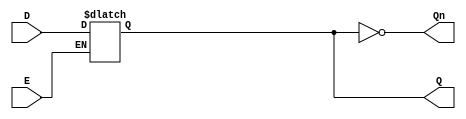
module GatedDLatch (
    input wire D,    // Data input
    input wire E,    // Enable input
    output reg Q,    // Output
    output wire Qn   // Complement of Q
);

// Complement of Q
assign Qn = ~Q;

// Always block to implement the latch behavior
always @ (E or D) begin
    if (E) begin
        Q <= D;  // When E is high, Q follows D
    end
    // When E is low, Q retains its previous value
end

endmodule